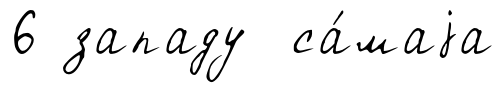
6 западу са́маjа